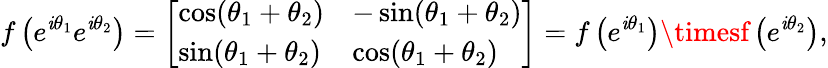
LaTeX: f\left(e^{\mathit{i}\theta_{1}}e^{\mathit{i}\theta_{2}}\right)={\left[\begin{array}{ll}{\cos(\theta_{1}+\theta_{2})}&{-\sin(\theta_{1}+\theta_{2})}\\ {\sin(\theta_{1}+\theta_{2})}&{\cos(\theta_{1}+\theta_{2})}\end{array}\right]}=f\left(e^{\mathit{i}\theta_{1}}\right)\timesf\left(e^{\mathit{i}\theta_{2}}\right),